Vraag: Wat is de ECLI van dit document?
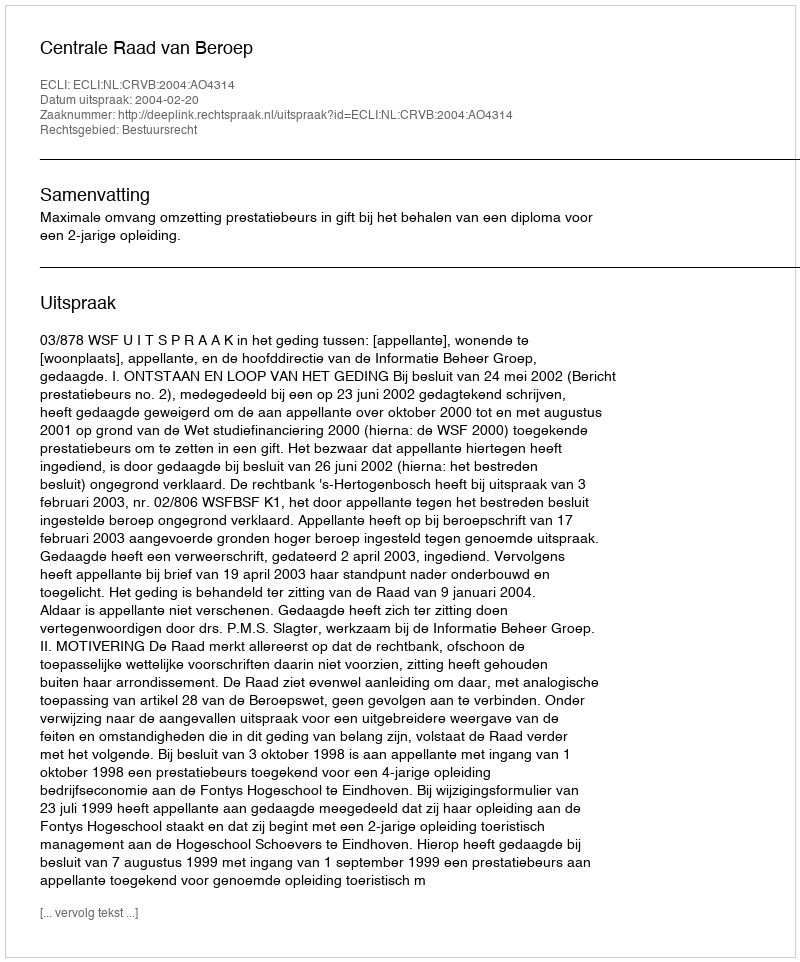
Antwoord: ECLI:NL:CRVB:2004:AO4314